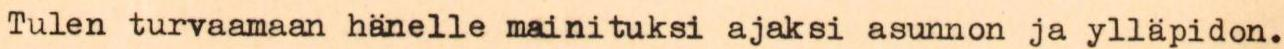
Tulen turvaamaan hänelle mainituksi ajaksi asunnon ja ylläpidon.